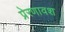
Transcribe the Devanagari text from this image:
प्रेरणावश